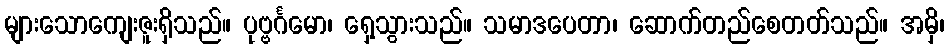
များသောကျေးဇူးရှိသည်။ ပုဗ္ဗင်္ဂမော၊ ရှေ့သွားသည်။ သမာဒပေတာ၊ ဆောက်တည်စေတတ်သည်။ အမှိ၊